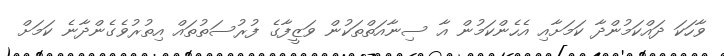
ވާހަކަ ދައްކަމުންދާ ކަމަށާއި އެހެންކަމުން އާ ސިނާއަތްތަކުން ވަޒީފާގެ ފުރުސަތުތައް އިތުރުވެގެންދާނެ ކަމަށް